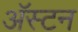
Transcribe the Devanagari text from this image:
अॅस्टन